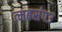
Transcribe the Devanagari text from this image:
त्मबसंपउ